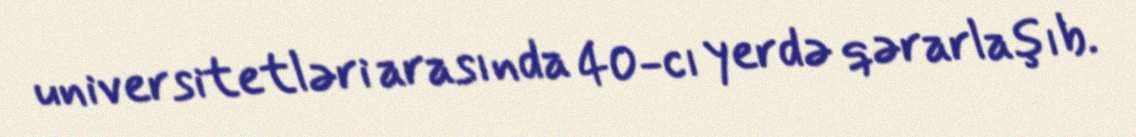
universitetləri arasında 40-cı yerdə qərarlaşıb.